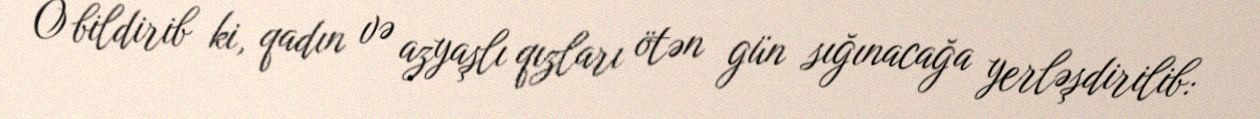
O bildirib ki, qadın və azyaşlı qızları ötən gün sığınacağa yerləşdirilib: